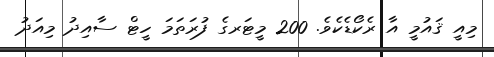
މިއީ ޤައުމީ އާ ރެކޯޑެކެވެ. 200 މީޓަރގެ ފުރަތަމަ ހީޓް ސާއިދު މިއަދު